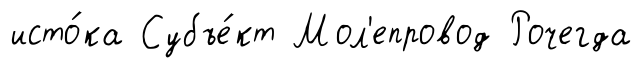
исто́ка Субъе́кт Мол'епровод Рочегда